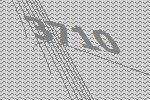
3710